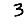
Digit: 3